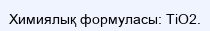
Химиялық формуласы: ТіО2.